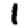
Digit: 1